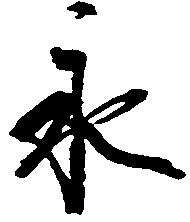
永